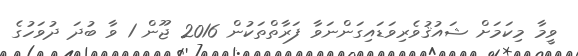
ވީމާ މިކަމަށް ޝައުޤުވެރިވަޑައިގަންނަވާ ފަރާތްތަކުން 2016 ޖޫން 1 ވާ ބުދަ ދުވަހުގެ